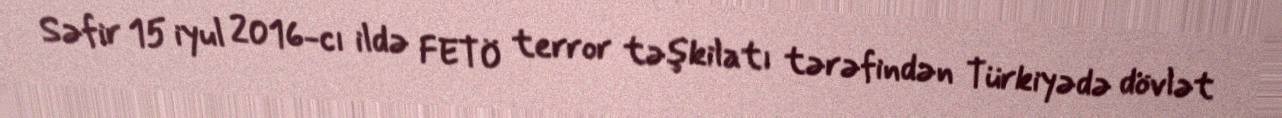
Səfir 15 iyul 2016-cı ildə FETÖ terror təşkilatı tərəfindən Türkiyədə dövlət